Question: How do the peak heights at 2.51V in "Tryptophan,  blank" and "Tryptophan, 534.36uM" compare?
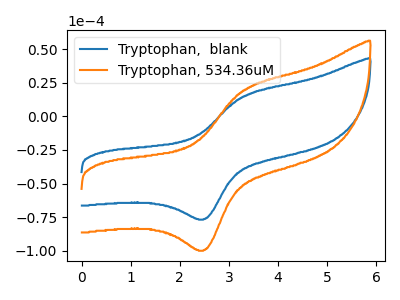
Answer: <think>The blue curve "Tryptophan,  blank" has an anodic peak at (3.30V, 14.85uA) and a cathodic peak at (2.50V, -76.35uA). The orange curve "Tryptophan, 534.36uM" has an anodic peak at (3.30V, 19.35uA) and a cathodic peak at (2.50V, -99.35uA).</think>
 <answer>The peak at 2.51V is lower in "Tryptophan,  blank" than in "Tryptophan, 534.36uM".</answer>
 <eval>lower</eval>